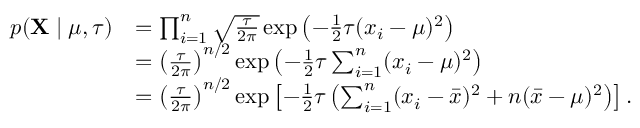
{ \begin{array} { r l } { p ( \mathbf { X } \mid \mu , \tau ) } & { = \prod _ { i = 1 } ^ { n } { \sqrt { \frac { \tau } { 2 \pi } } } \exp \left( - { \frac { 1 } { 2 } } \tau ( x _ { i } - \mu ) ^ { 2 } \right) } \\ & { = \left( { \frac { \tau } { 2 \pi } } \right) ^ { n / 2 } \exp \left( - { \frac { 1 } { 2 } } \tau \sum _ { i = 1 } ^ { n } ( x _ { i } - \mu ) ^ { 2 } \right) } \\ & { = \left( { \frac { \tau } { 2 \pi } } \right) ^ { n / 2 } \exp \left[ - { \frac { 1 } { 2 } } \tau \left( \sum _ { i = 1 } ^ { n } ( x _ { i } - { \bar { x } } ) ^ { 2 } + n ( { \bar { x } } - \mu ) ^ { 2 } \right) \right] . } \end{array} }